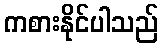
ကစားနိုင်ပါသည်